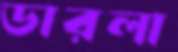
ডারলা